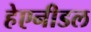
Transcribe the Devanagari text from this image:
हेएनीडल